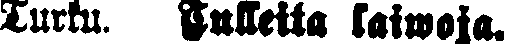
Turku. Tulleita laiwoja.